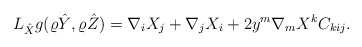
\begin{align*}L_{\hat X}g(\varrho\hat Y,\varrho\hat Z)=\nabla_iX_j+\nabla_jX_i+2y^m\nabla_mX^kC_{kij}.\end{align*}